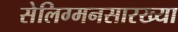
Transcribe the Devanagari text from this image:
सेलिग्मनसारख्या